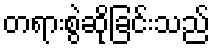
တရားစွဲဆိုခြင်းသည်